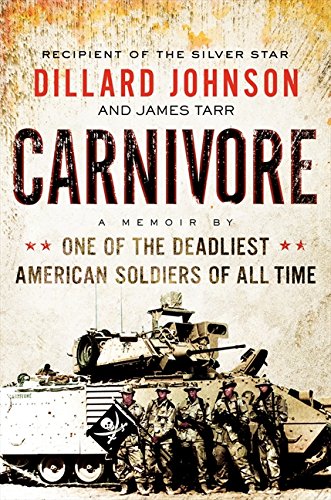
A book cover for Carnivore: A Memoir by One of the Deadliest American Soldiers of All Time; Dillard Johnson; History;